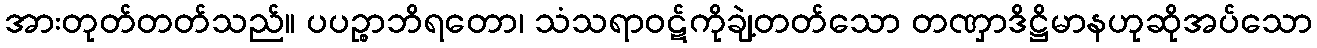
အားတုတ်တတ်သည်။ ပပဉ္စာဘိရတော၊ သံသရာဝဋ်ကိုချဲ့တတ်သော တဏှာဒိဋ္ဌိမာနဟုဆိုအပ်သော